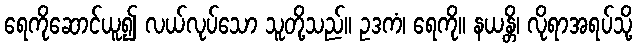
ရေကိုဆောင်ယူ၍ လယ်လုပ်သော သူတို့သည်။ ဥဒကံ၊ ရေကို။ နယန္တိ၊ လိုရာအရပ်သို့